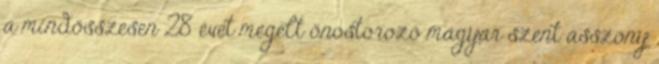
a mindösszesen 28 évet megélt önostorozó magyar szent asszony